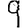
Digit: 9